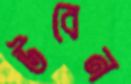
উবেন